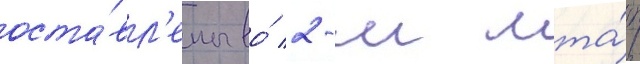
оста́вл'ены во́ 2-м мта́п